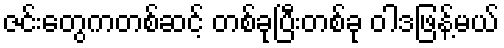
ဇင်းတွေကတစ်ဆင့် တစ်ခုပြီးတစ်ခု ဝါဒဖြန့်မယ်